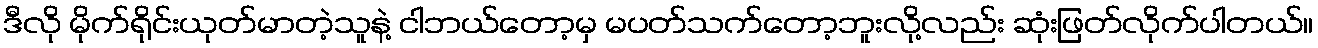
ဒီလို မိုက်ရိုင်းယုတ်မာတဲ့သူနဲ့ ငါဘယ်တော့မှ မပတ်သက်တော့ဘူးလို့လည်း ဆုံးဖြတ်လိုက်ပါတယ်။